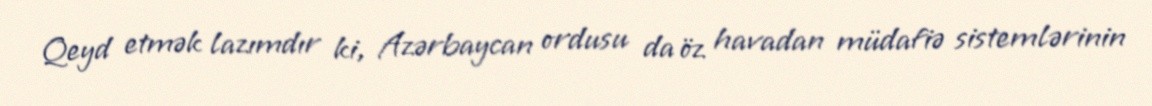
Qeyd etmək lazımdır ki, Azərbaycan ordusu da öz havadan müdafiə sistemlərinin